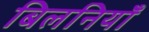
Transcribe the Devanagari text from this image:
बिलनियाँ